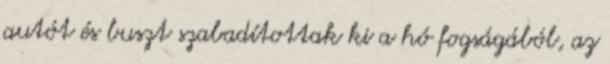
autót és buszt szabadítottak ki a hó fogságából, az